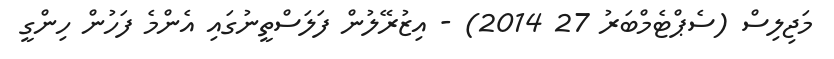
މަޖިލިސް (ސެޕްޓެމްބަރު 27 2014) - އިޒުރޭލުން ފަލަސްތީނުގައި އެންމެ ފަހުން ހިންގީ